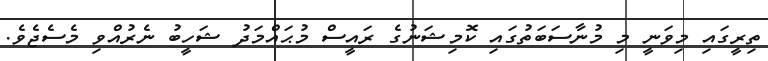
ތިރީގައި މިވަނީ މި މުނާސަބަތުގައި ކޮމިޝަނުގެ ރައީސް މުޙައްމަދު ޝަހީބު ނެރުއްވި މެސެޖެވެ.